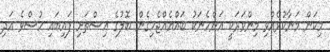
މިކަން މަނާކުރެއްވި މިންވަރަކީ އަންހެނަކު ބައްޔެއްޖެހިގެން ބޮލުގެ އިސްތަށި ފައިބައި ހުސްވެ އަދި